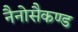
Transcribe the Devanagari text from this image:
नैनोसैकण्ड